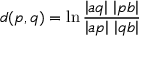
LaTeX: d ( p , q ) = \ln { \frac { \left| a q \right| \, \left| p b \right| } { \left| a p \right| \, \left| q b \right| } }